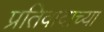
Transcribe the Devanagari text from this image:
प्रतिवादाच्या